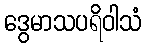
ဒွေမာသပရိဝါသံ